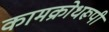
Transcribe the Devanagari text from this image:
कामक्रोधरूपी